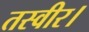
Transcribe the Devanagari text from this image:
तस्वीर।